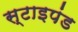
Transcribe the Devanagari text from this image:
स्टाइपंड